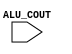
module ALU(ALU_COUT);
    input ALU_COUT;

    always @(*) begin
        $display("%b", ALU_COUT);
    end
    
endmodule